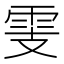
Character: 𩂏